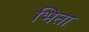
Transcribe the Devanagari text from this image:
भिता